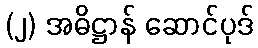
(၂) အဓိဋ္ဌာန် ဆောင်ပုဒ်